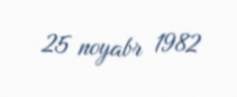
25 noyabr 1982